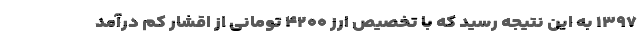
۱۳۹۷ به این نتیجه رسید که با تخصیص ارز ۴۲۰۰ تومانی از اقشار کم درآمد